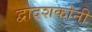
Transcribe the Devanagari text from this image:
द्वादशकोनी